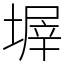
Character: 𡎰